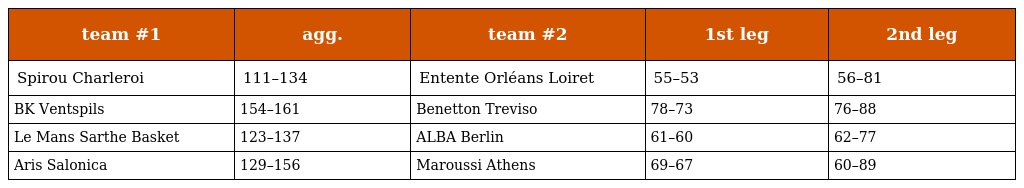
| team #1 | agg. | team #2 | 1st leg | 2nd leg |
 | --- | --- | --- | --- | --- |
 | Spirou Charleroi | 111–134 | Entente Orléans Loiret | 55–53 | 56–81 |
 | BK Ventspils | 154–161 | Benetton Treviso | 78–73 | 76–88 |
 | Le Mans Sarthe Basket | 123–137 | ALBA Berlin | 61–60 | 62–77 |
 | Aris Salonica | 129–156 | Maroussi Athens | 69–67 | 60–89 |